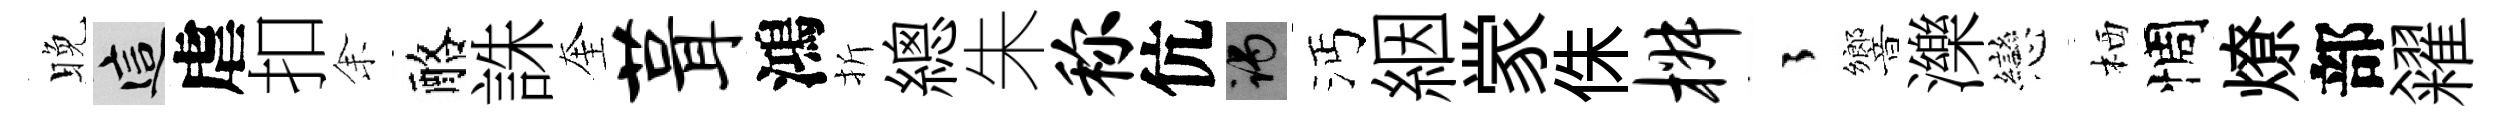
晚這虐扣𪜬酪誅奎葺鴻折總朱称伉谒沔絪䝉侏椒徃響濼戀栖惆燎部糴